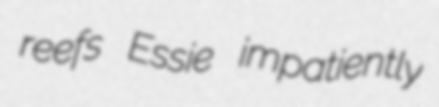
reefs Essie impatiently